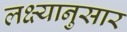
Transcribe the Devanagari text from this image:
लक्ष्यानुसार